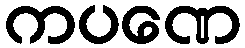
ကပဏေ